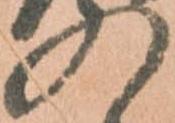
の